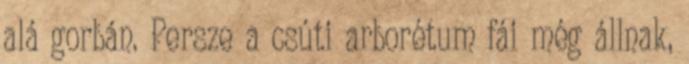
alá gorbán. Persze a csúti arborétum fái még állnak,